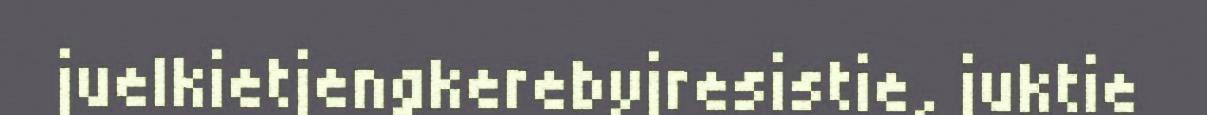
juelkietjengkerebyjresistie, juktie